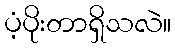
ပံ့ပိုးတာရှိသလဲ။